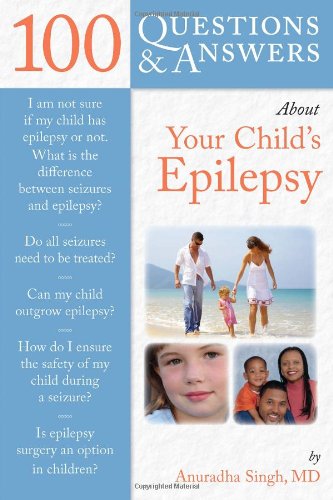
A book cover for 100 Questions  &  Answers About Your Child's Epilepsy; Anuradha Singh; Health, Fitness & Dieting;